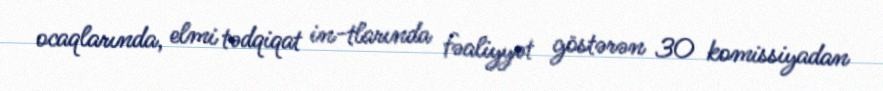
ocaqlarında, elmi tədqiqat in-tlarında fəaliyyət göstərən 30 komissiyadan